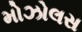
મોઝોલસ